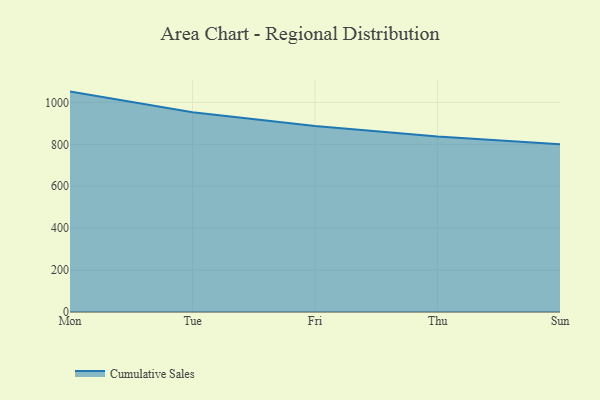
{"axis": {"x": "Day", "y": "LTV (USD)"}, "legend": ["Cumulative Sales"], "data": [{"x": "Mon", "y": 1051.8, "type": "Cumulative Sales"}, {"x": "Tue", "y": 952.8, "type": "Cumulative Sales"}, {"x": "Fri", "y": 887.5, "type": "Cumulative Sales"}, {"x": "Thu", "y": 837.2, "type": "Cumulative Sales"}, {"x": "Sun", "y": 800, "type": "Cumulative Sales"}]}